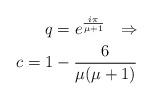
LaTeX: \begin{align*}q = e^{\frac{i\pi}{\mu + 1}} \ \ \Rightarrow \\ c = 1 - \frac{6}{\mu (\mu + 1)} \end{align*}